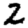
Digit: 2